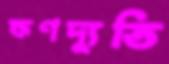
ক্ষণদ্যুতি